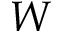
W